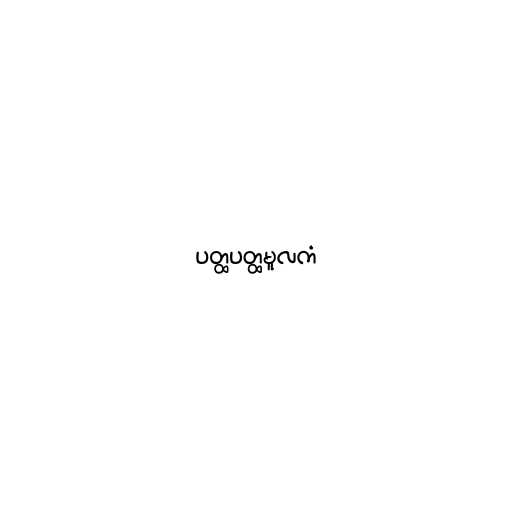
ပတ္ထပတ္ထမူလကံ